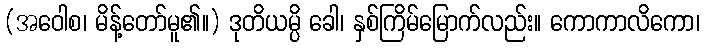
(အဝေါစ၊ မိန့်တော်မူ၏။) ဒုတိယမ္ပိ ခေါ၊ နှစ်ကြိမ်မြောက်လည်း။ ကောကာလိကော၊